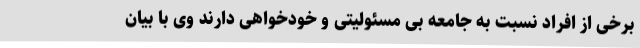
برخی از افراد نسبت به جامعه بی مسئولیتی و خودخواهی دارند وی با بیان